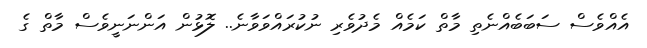
އެއްވެސް ސަބަބެއްނެތި މާތް ކަމެއް މެދުވެރި ނުކުރައްވަވާނެ.. ލޮޅުން އަންނަނީވެސް މާތް ގެ